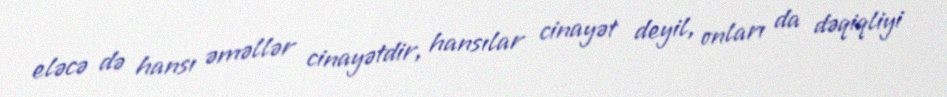
eləcə də hansı əməllər cinayətdir, hansılar cinayət deyil, onları da dəqiqliyi